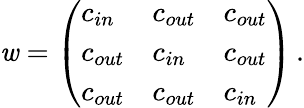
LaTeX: \mathit{w}=\left(\begin{array}{lll}{c_{in}}&{c_{out}}&{c_{out}}\\ {c_{out}}&{c_{in}}&{c_{out}}\\ {c_{out}}&{c_{out}}&{c_{in}}\end{array}\right)\, .